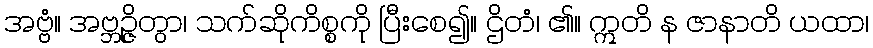
အဗ္ဗံ။ အဗ္ဘဉ္ဇိတွာ၊ သက်ဆိုကိစ္စကို ပြီးစေ၍။ ဌိတံ၊ ၏။ ဣတိ န ဇာနာတိ ယထာ၊